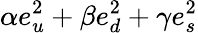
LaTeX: \alpha e_{u}^{2}+\beta e_{d}^{2}+\gamma e_{s}^{2}